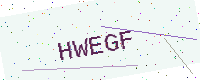
Text: HWEGF